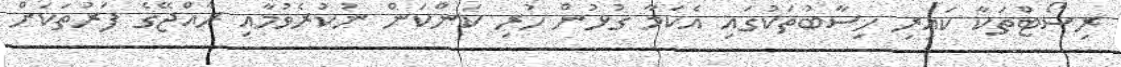
ރިސޯޓްތަކާ ކައިރި ހިސާބުތަކުގައި އެކަމާ ގުޅުން ހުރި ކަންކަން ނުކުރެވުމާއި ރާއްޖޭގެ ފަރުތަކަށް